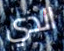
الذي